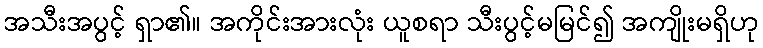
အသီးအပွင့် ရှာ၏။ အကိုင်းအားလုံး ယူစရာ သီးပွင့်မမြင်၍ အကျိုးမရှိဟု